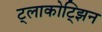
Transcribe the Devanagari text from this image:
ट्लाकोट्झिन